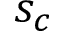
s _ { c }